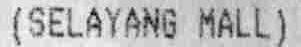
(SELAYANG MALL)